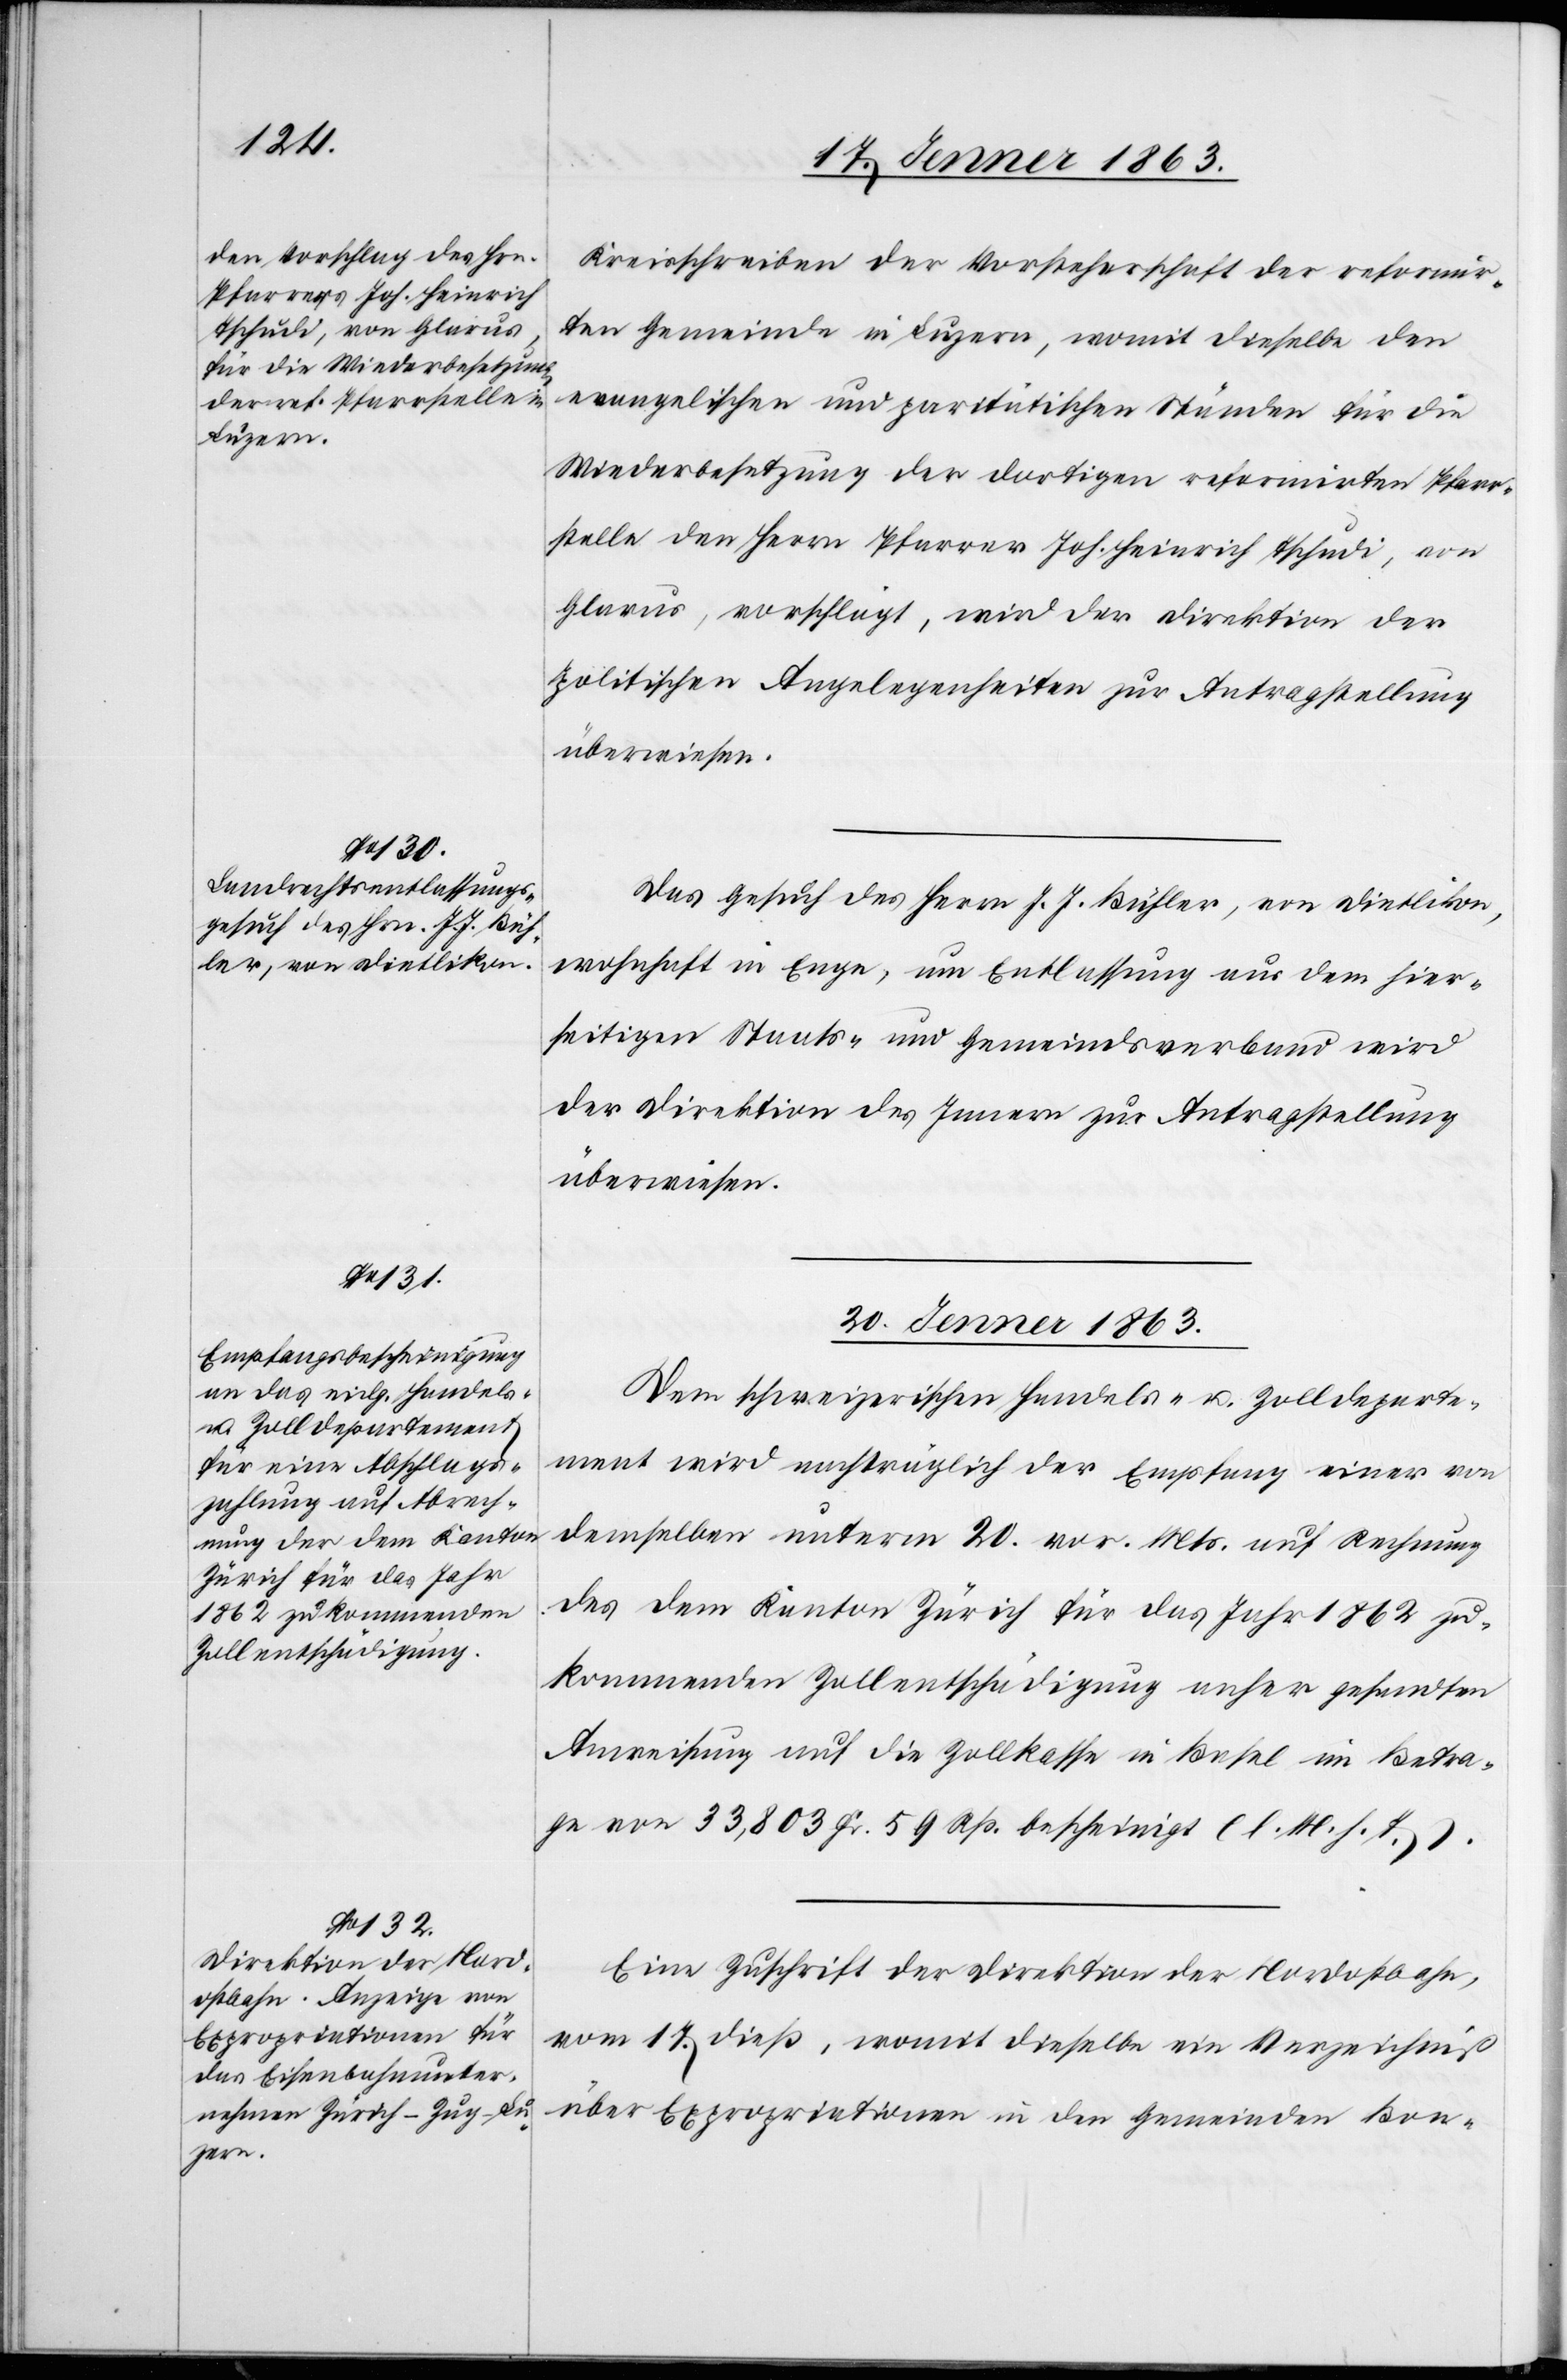
19. Jenner 1863.]
Kreisschreiben der Vorsteherschaft der reformir¬
ten Gemeinde in Luzern, womit dieselbe den
evangelischen und paritätischen Ständen für die
Wiederbesetzung der dortigen reformirten Pfarr¬
stelle den Herrn Pfarrer Joh. Heinrich Tschudi, von
Glarus, vorschlägt, wird der Direktion der
politischen Angelegenheiten zur Antragstellung
überwiesen.
Das Gesuch des Herrn J. J. Bühler, von Dietlikon,
wohnhaft in Enge, um Entlassung aus dem hier¬
seitigen Staats- und Gemeindsverband wird
der Direktion des Innern zur Antragstellung
überwiesen.
20. Jenner 1863.]
Vom Schweizerischen Handels- u. Zolldeparte¬
ment wird nachträglich der Empfang einer von
demselben unterm 20. vor. Mts. auf Rechnung
[sic!] dem Kanton Zürich für das Jahr 1862 zu¬
kommenden Zollentschädigung anher gesandten
Anweisung auf die Zollkasse in Basel im Betra¬
ge von 33,803 Fr. 59 Rp. bescheinigt (l. M. h. T.).
Eine Zuschrift der Direktion der Nordostbahn,
vom 17. dieß, womit dieselbe ein Verzeichniß
über Expropriationen in den Gemeinden Bon-